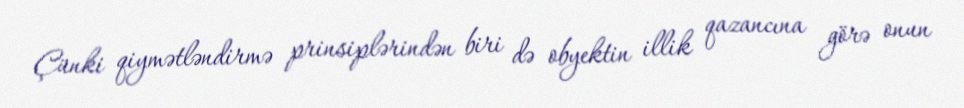
Çünki qiymətləndirmə prinsiplərindən biri də obyektin illik qazancına görə onun